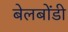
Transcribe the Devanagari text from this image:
बेलबोंडी